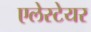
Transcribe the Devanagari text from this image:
एलेस्टेयर